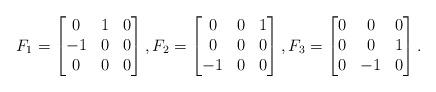
LaTeX: \begin{align*}F_1 = \begin{bmatrix}0 & 1 & 0\\-1 & 0 & 0\\0 & 0 & 0\end{bmatrix}, F_2 = \begin{bmatrix}0 & 0 & 1\\0 & 0 & 0\\-1 & 0 & 0\end{bmatrix}, F_3 = \begin{bmatrix}0 & 0 & 0\\0 & 0 & 1\\0 & -1 & 0\end{bmatrix}.\end{align*}